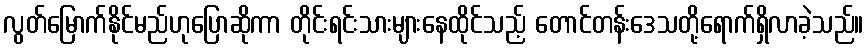
လွတ်မြောက်နိုင်မည်ဟုပြောဆိုကာ တိုင်းရင်းသားများနေထိုင်သည့် တောင်တန်းဒေသတို့ရောက်ရှိလာခဲ့သည်။